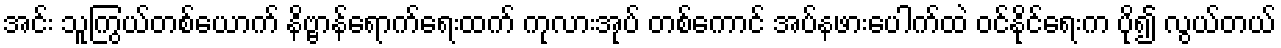
အင်း သူကြွယ်တစ်ယောက် နိဗ္ဗာန်ရောက်ရေးထက် ကုလားအုပ် တစ်ကောင် အပ်နဖားပေါက်ထဲ ဝင်နိုင်ရေးက ပို၍ လွယ်တယ်